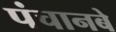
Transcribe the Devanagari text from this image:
पंचानबे